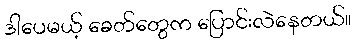
ဒါပေမယ့် ခေတ်တွေက ပြောင်းလဲနေတယ်။